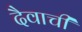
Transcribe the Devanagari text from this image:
दैवाची